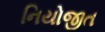
નિયોજીત